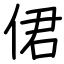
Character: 侰